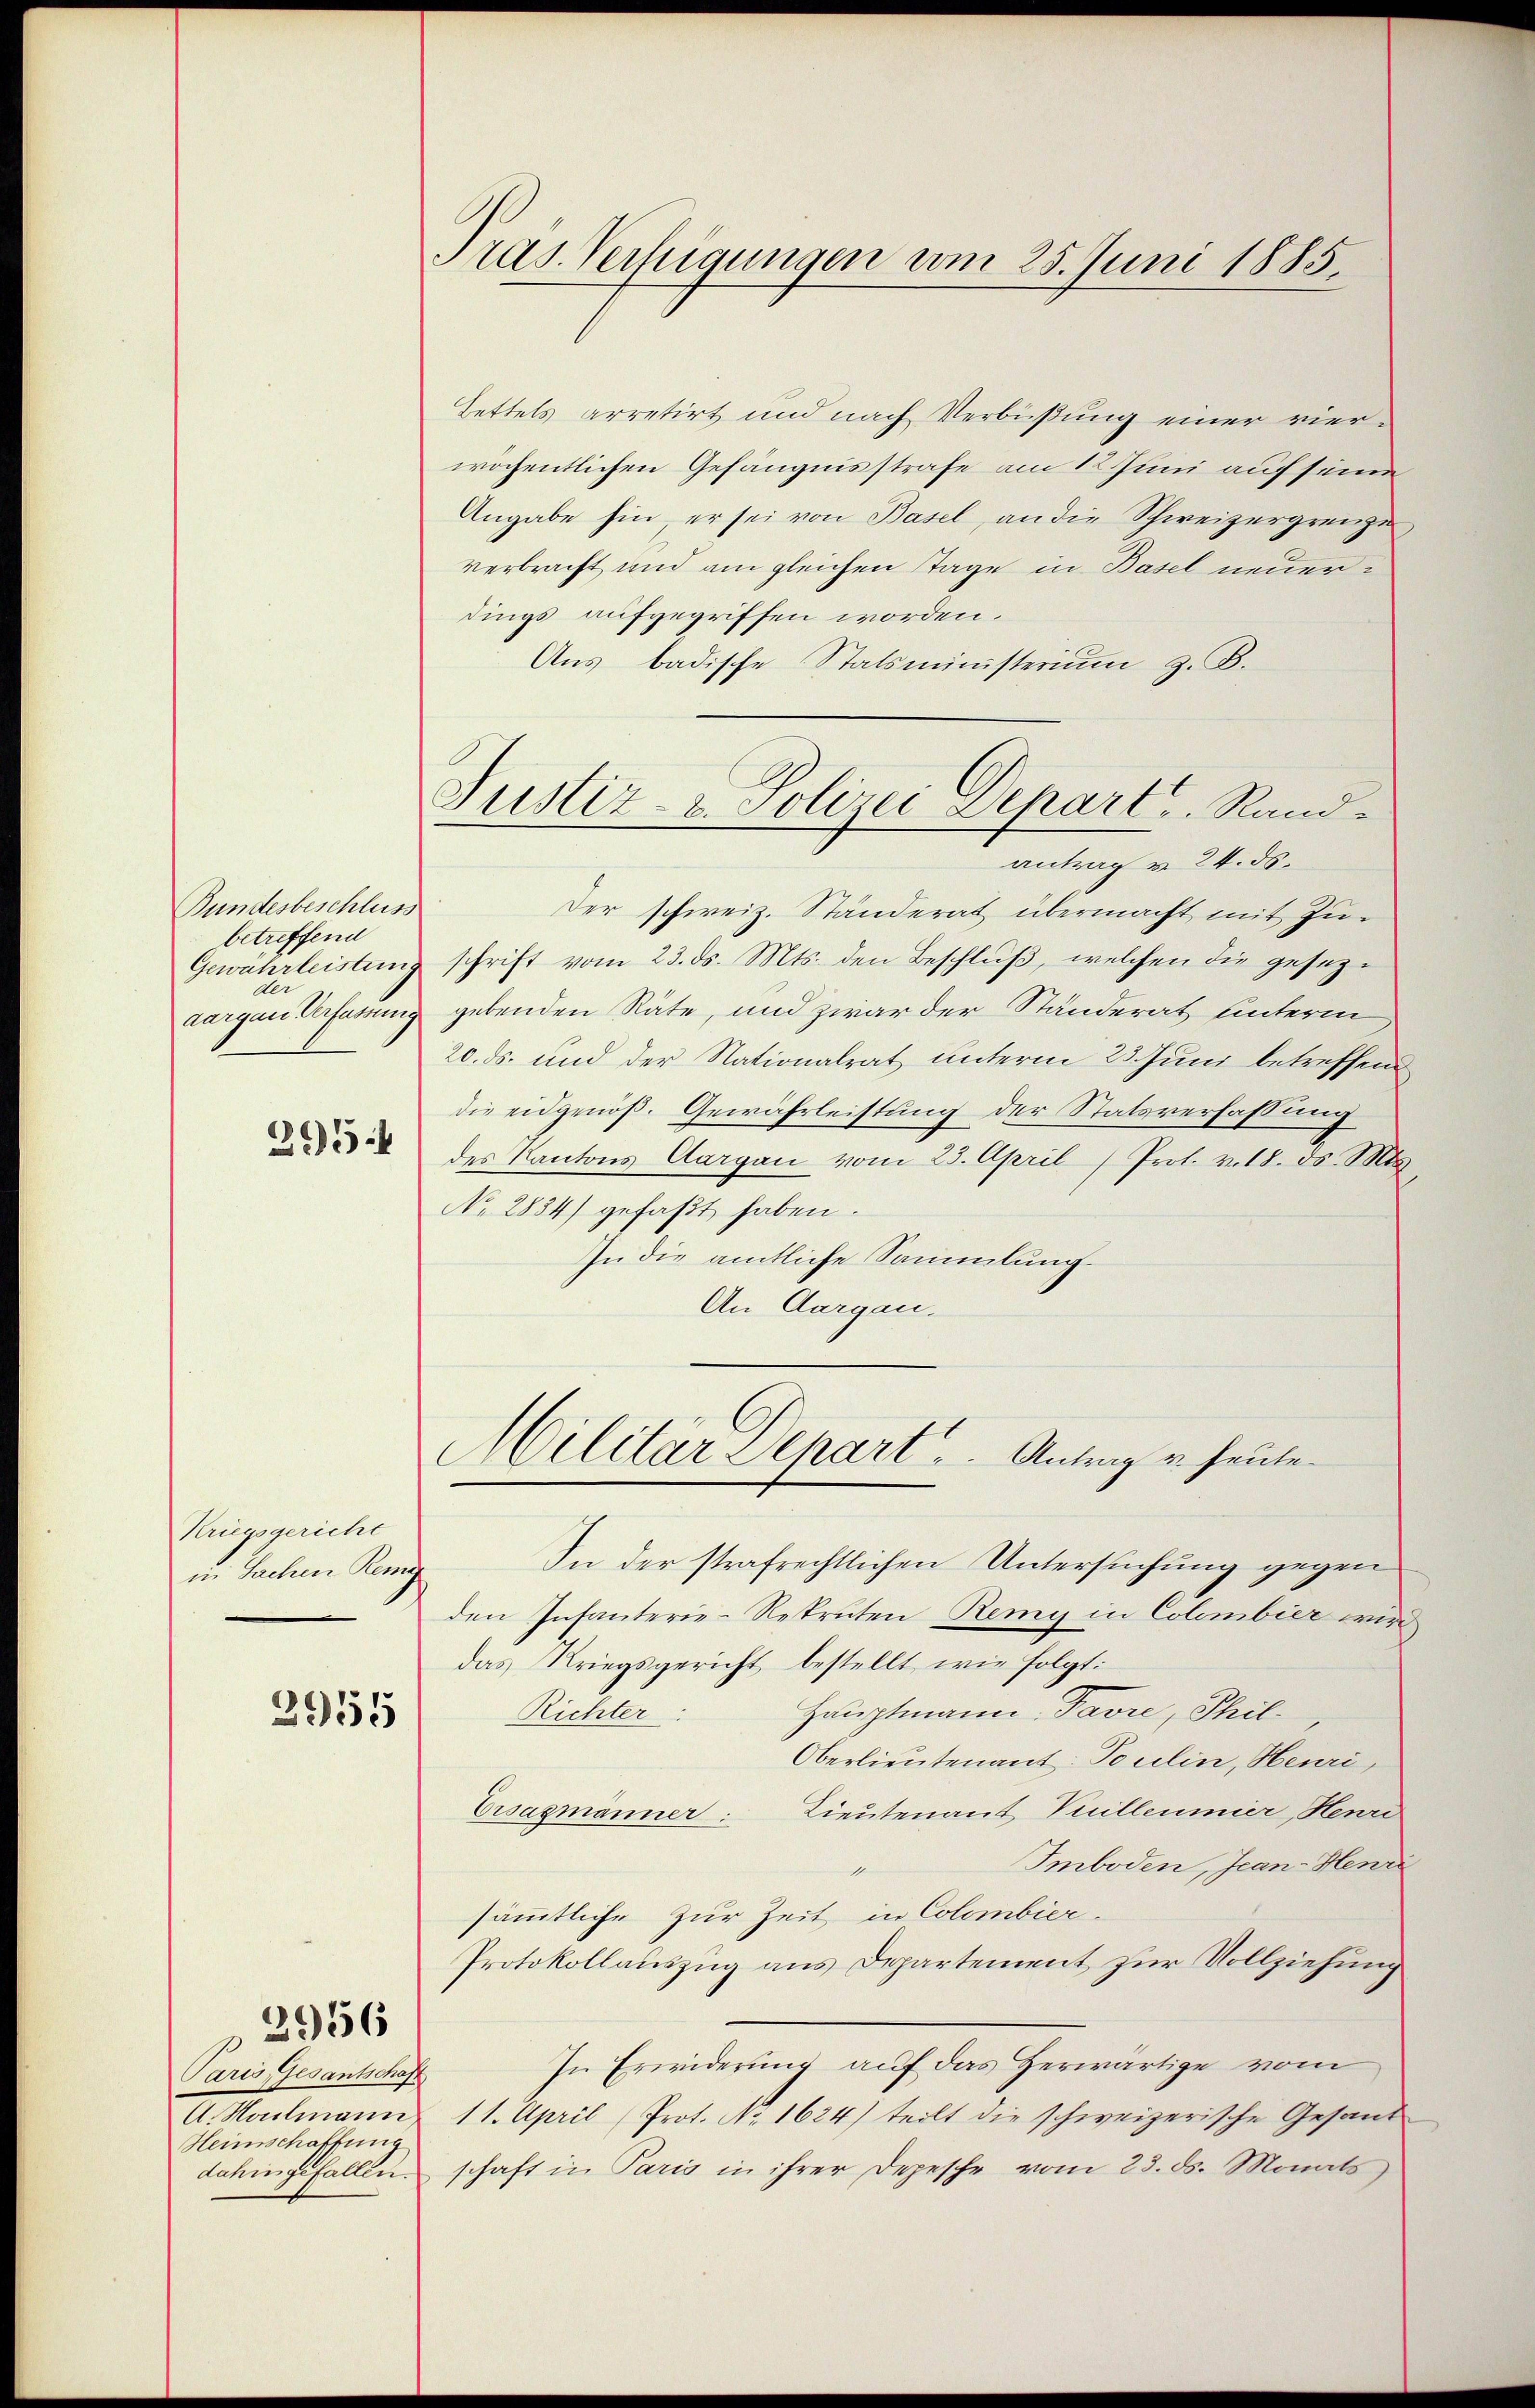
Bundesbeschluss
betreffend
Gewährleistung
Du
aargen Versatzung

295.

Kriegsgericht
in Sachen Remy

2955

Paris, Gesantschaft
A. Helmann
Heimschaffung
dahingefallen.

2956

Präs. Verfügungen vom 25. Juni 1885.

Bettels arretirt und nach Verbüßung einer vierwöchentlichen Gefängnisstrafe am 12 Juni auf seine
Angabe hin, er sei von Basel, an die Schweizergrenze
verbracht und am gleichen Tage in Basel neuerdings aufgegriffen worden.
Aus badische Statsministerium z. B.
antrag v. 24. ds.
Der schweiz. Ständerat übermacht mit Zuschrift vom 23. ds. Mts. den Beschluß, welchen die gesezgebenden Räte, und zwar der Ständerat unterm
20. ds. und der Nationalrat unterm 23. Juni betreffen
die eidgenöß. Gewährleistung der Statsverfassung
des Kantons Aargau vom 23. April / Prof. v. 18. ds. Mts.
No 2884) gefaßt haben.
In die amtliche Sammlung
An Aargau.
Militar Depart . .   Antrag v. heute¬
In der strafrechtlichen Untersuchung gegen
den Infanterie-Repruten Remy in Colombier wird
das Kriegsgericht bestellt wie folgt:
Hauptmann, Favre, Phil
Richter.
Oberlieutenant: Toulin, Heuri,
Ersagmänner: Lieutenant Vuilleumier, Henri
Imboden, Jean - Henr
1
sämmtliche zur Zeit in Colombier.
Protokollauszug aus Departement zur Vollziehung
In Erwiderung auf das Herwärtige vom
11. April (Prot. No 1624) teilt die schweizerische Gesand
schaft in Paris in ihrer Depesche vom 23. ds. Monats

Justiz- & Polizei Depart. Rand¬